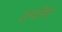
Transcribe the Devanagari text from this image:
दर्ग्यांना